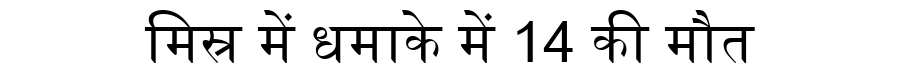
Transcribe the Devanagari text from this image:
मिस्र में धमाके में 14 की मौत